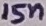
Text: 15n